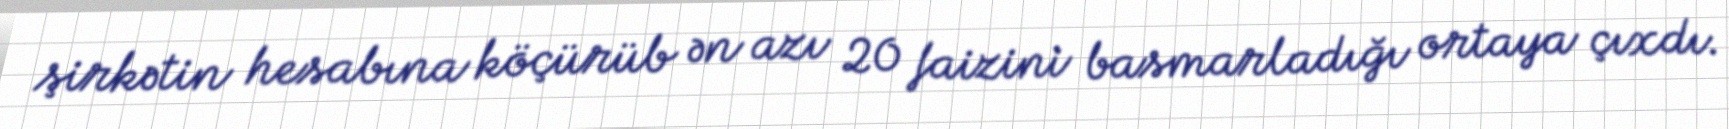
şirkətin hesabına köçürüb ən azı 20 faizini basmarladığı ortaya çıxdı.